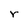
Character: r